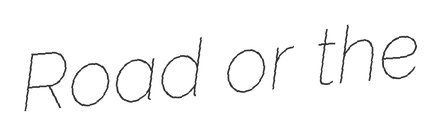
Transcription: Road or the